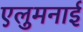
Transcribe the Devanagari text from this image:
एलुमनाई